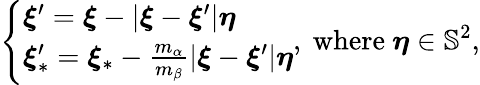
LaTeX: \left\{ \begin{array}{l}{\boldsymbol{\xi}^{\prime}=\boldsymbol{\xi}-\left\vert\boldsymbol{\xi}-\boldsymbol{\xi}^{\prime}\right\vert\boldsymbol{\eta}}\\ {\boldsymbol{\xi}_{\ast}^{\prime}=\boldsymbol{\xi}_{\ast}-\frac{m_{\alpha}}{m_{\beta}}\left\vert\boldsymbol{\xi}-\boldsymbol{\xi}^{\prime}\right\vert\boldsymbol{\eta}}\end{array}\right.\mathrm{,~where~}\boldsymbol{\eta}\in\mathbb{S}^{2}\mathrm{,}